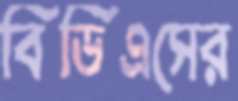
বিডিএসের